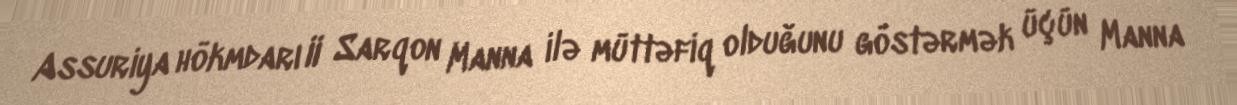
Assuriya hökmdarı II Sarqon Manna ilə müttəfiq olduğunu göstərmək üçün Manna